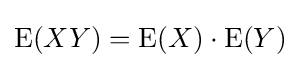
\operatorname {E} (XY)=\operatorname {E} (X)\cdot \operatorname {E} (Y)